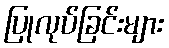
ပြုလုပ်ခြင်းများ